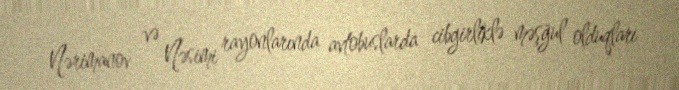
Nərimanov və Nəsimi rayonlarında avtobuslarda cibgirliklə məşğul olduqları